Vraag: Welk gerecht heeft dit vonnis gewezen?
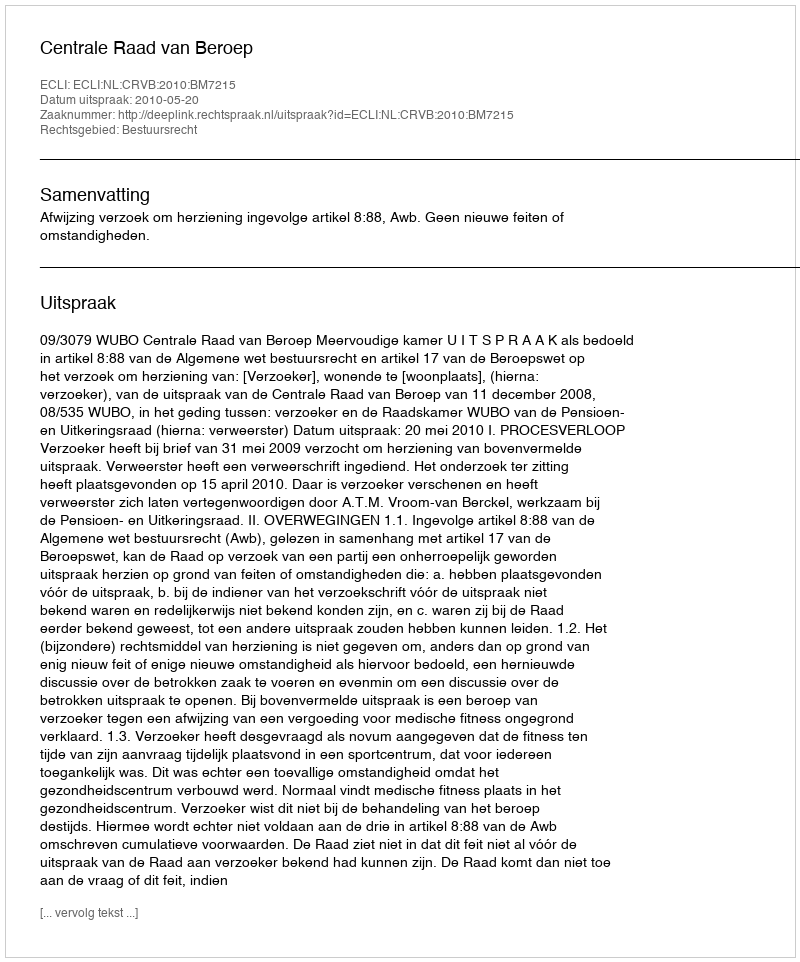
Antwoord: Centrale Raad van Beroep